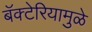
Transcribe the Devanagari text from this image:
बॅक्टेरियामुळे